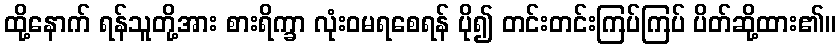
ထို့နောက် ရန်သူတို့အား စားရိက္ခာ လုံးဝမရစေရန် ပို၍ တင်းတင်းကြပ်ကြပ် ပိတ်ဆို့ထား၏။